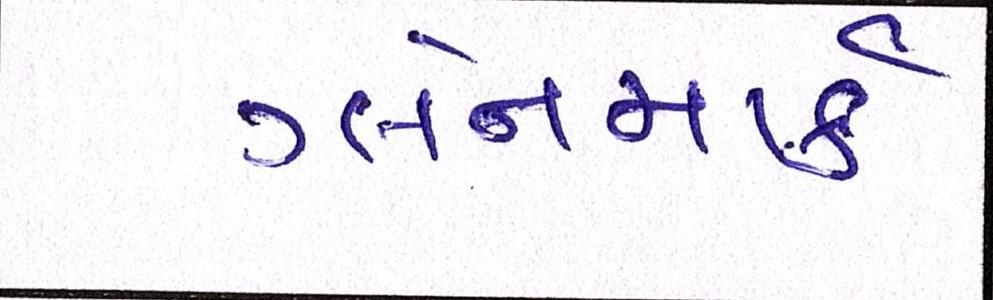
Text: ગ્લેનમાર્ક